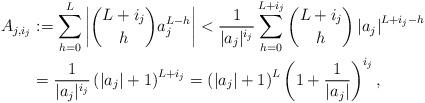
LaTeX: \begin{align*}A_{j, i_j} &:= \sum_{h=0}^L \left| \binom{L + i_j}{h} a_j^{L-h} \right|< \frac{1}{| a_j |^{i_j}} \sum_{h=0}^{L+i_j} \binom{L + i_j}{h} \left| a_j \right|^{L+i_j-h} \\&= \frac{1}{| a_j |^{i_j}} \left( | a_j | + 1 \right)^{L+i_j}= \left( | a_j | + 1 \right)^L \left( 1 + \frac{1}{| a_j |} \right)^{i_j},\end{align*}